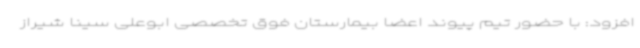
افزود: با حضور تیم پیوند اعضا بیمارستان فوق تخصصی ابوعلی سینا شیراز